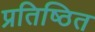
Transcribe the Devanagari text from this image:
प्रतिष्‍ठित